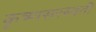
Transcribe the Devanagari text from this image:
कृष्णसरस्वती